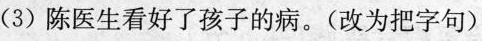
(3)陈医生看好了孩子的病。(改为把字句)